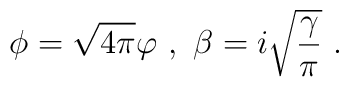
\phi=\sqrt{4\pi}\varphi\ , \ \beta=i\sqrt{\frac{\gamma}{\pi}}\ .